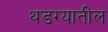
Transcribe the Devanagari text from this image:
थडग्यातील